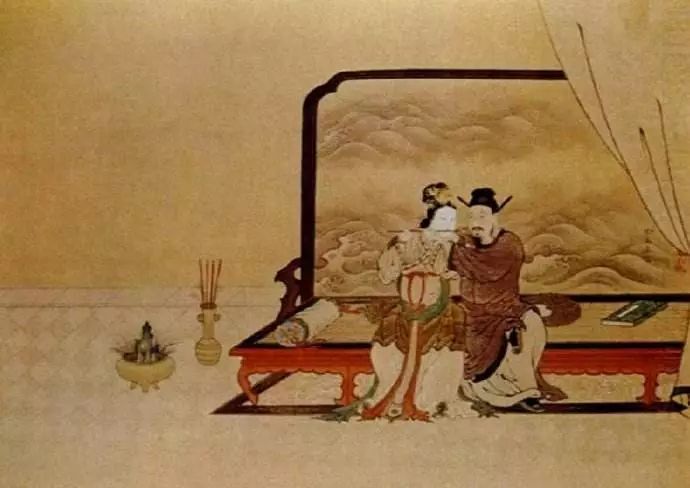
云中乱拍禄山舞，风过重峦下笑声。